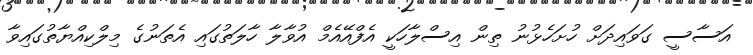
އަސާސީ ގަވައިދަށް ހުށަހެޅުނު ތިން އިސްލާހަކީ އެފްއޭއެމް އުވާލާ ހާލަތުގައި އެތަނުގެ މިލްކިއްޔާތުގައިވާ